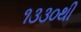
૧૩૩૦થી